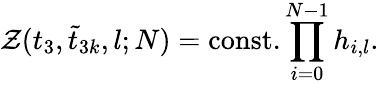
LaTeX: \mathcal{Z}(t_{3},\tilde{{t}}_{3k},l;N)=\mathrm{{const.}}\prod_{i=0}^{N-1}h_{i,l}.